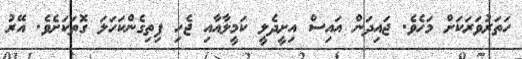
ހަތަރުވަރަކަށް މަހެވެ. ޖައިދަން އައިސް އިށީދެލީ ކަމީލާއާއި ޖެހި ފިތިގެންކަހަލަ ގޮތަކަށެވެ. އޭރު